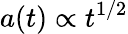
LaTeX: a(t)\propto t^{1/2}